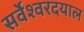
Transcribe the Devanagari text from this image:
सर्वेश्वरदयाल